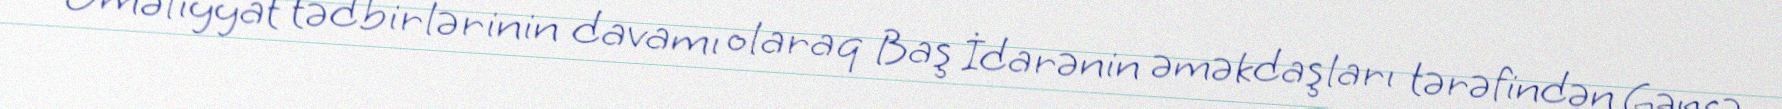
Əməliyyat tədbirlərinin davamı olaraq Baş İdarənin əməkdaşları tərəfindən Gəncə